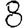
Digit: 8